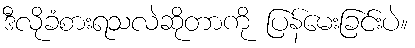
ဒီလိုခံစားရသလဲဆိုတာကို ပြန်မေးခြင်းပဲ။